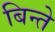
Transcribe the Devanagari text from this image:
बिन्ते